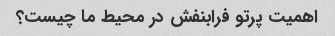
اهمیت پرتو فرابنفش در محیط ما چیست؟